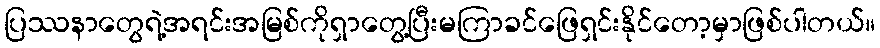
ပြဿနာတွေရဲ့အရင်းအမြစ်ကိုရှာတွေ့ပြီးမကြာခင်ဖြေရှင်းနိုင်တော့မှာဖြစ်ပါတယ်။